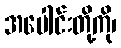
အပေါင်းတို့ကို၊